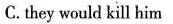
C. they would kill him